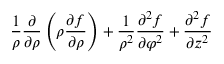
{ \frac { 1 } { \rho } } { \frac { \partial } { \partial \rho } } \left( \rho { \frac { \partial f } { \partial \rho } } \right) + { \frac { 1 } { \rho ^ { 2 } } } { \frac { \partial ^ { 2 } f } { \partial \varphi ^ { 2 } } } + { \frac { \partial ^ { 2 } f } { \partial z ^ { 2 } } }